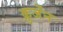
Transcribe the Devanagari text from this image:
क्रुजेंन